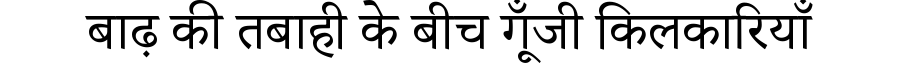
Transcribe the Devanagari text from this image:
बाढ़ की तबाही के बीच गूँजी किलकारियाँ